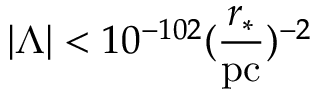
| \Lambda | < 1 0 ^ { - 1 0 2 } ( \frac { r _ { * } } { \mathrm { p c } } ) ^ { - 2 }